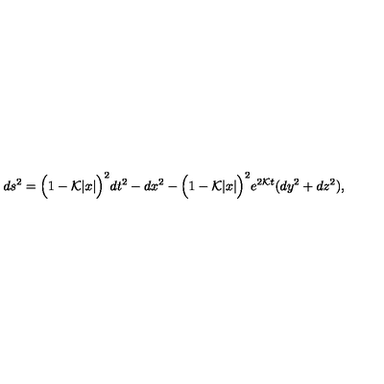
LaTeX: d s ^ { 2 } = \Big ( 1 - { \cal K } | x | \Big ) ^ { 2 } d t ^ { 2 } - d x ^ { 2 } - \Big ( 1 - { \cal K } | x | \Big ) ^ { 2 } e ^ { 2 { \cal K } t } ( d y ^ { 2 } + d z ^ { 2 } ) ,